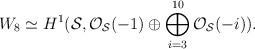
LaTeX: \begin{align*}W_8 \simeq H^{1} ({\cal S}, {\cal O}_{\cal S}(-1) \oplus\bigoplus_{i=3}^{10}{\cal O}_{\cal S}(-i)).\end{align*}